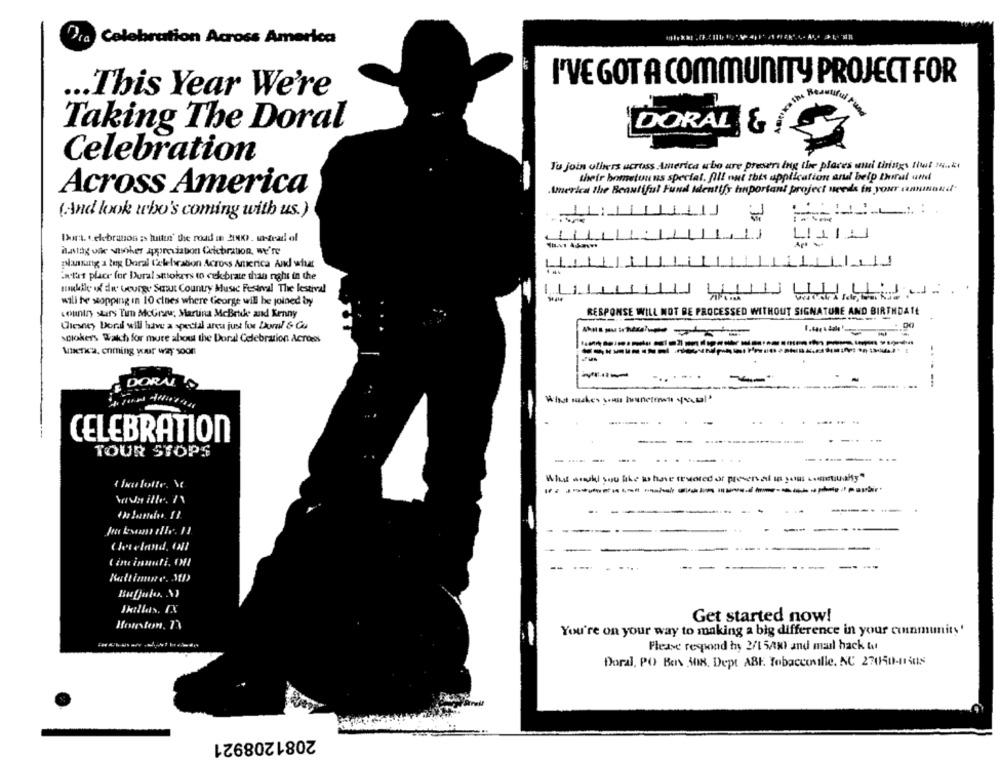
Dra Celebration Across America
I'VE GOT A COMMUNITY PROJECT FOR
This Year We're
ul Fund
Taking The Doral
DORAL &
Celebration
Ju join others across America who are present ing the places wild things shut makt
their hometunus special. fill out this application and belp Iral and
Across America
America the Beautiful Fund Identify tonportant project needs in your caninnuit"
1J
(And look who's coming with us.)
11
Dort. telebrason ; tuttin' the road in 2K) . w-trad of
Hatay ofe stoker appreviabon Celebration, we're
planung a Ing Doral Celebration Across America And what
.alat place for Dural stokers to celebrate than nghs in the
mukdie of dw George Saut Country Music Festival The lestival
ILILL
will be stopping in 10 clues where George will be joined by
country stars Tim McGraw; Martina McBride and Kenny
RESPONSE WILL NOT BE PROCESSED WITHOUT SIGNATURE AND BIRTHDATE
Disney Doral will have a special area just for Doval & Co
sciokers Watch for more about the Doral Celebration Across
Anenca, enming war way soon
.. ...
DORAL
What makes you heunete tal
......... .
CELEBRATION
--
TOUR STOPT
----
..
( ix lotte. Y
Www ille. 71
-.
------
Mr landis. 11.
Cleveland, ON
Get started now!
Houston. 73
You're on your way to making a big difference in your community'
-
Please respond hy 2/1 5AK) and mail hack tut
Doral, PO Bers 308. Dept ABF. Tobaccoville, NC 270150-11308
2081208921